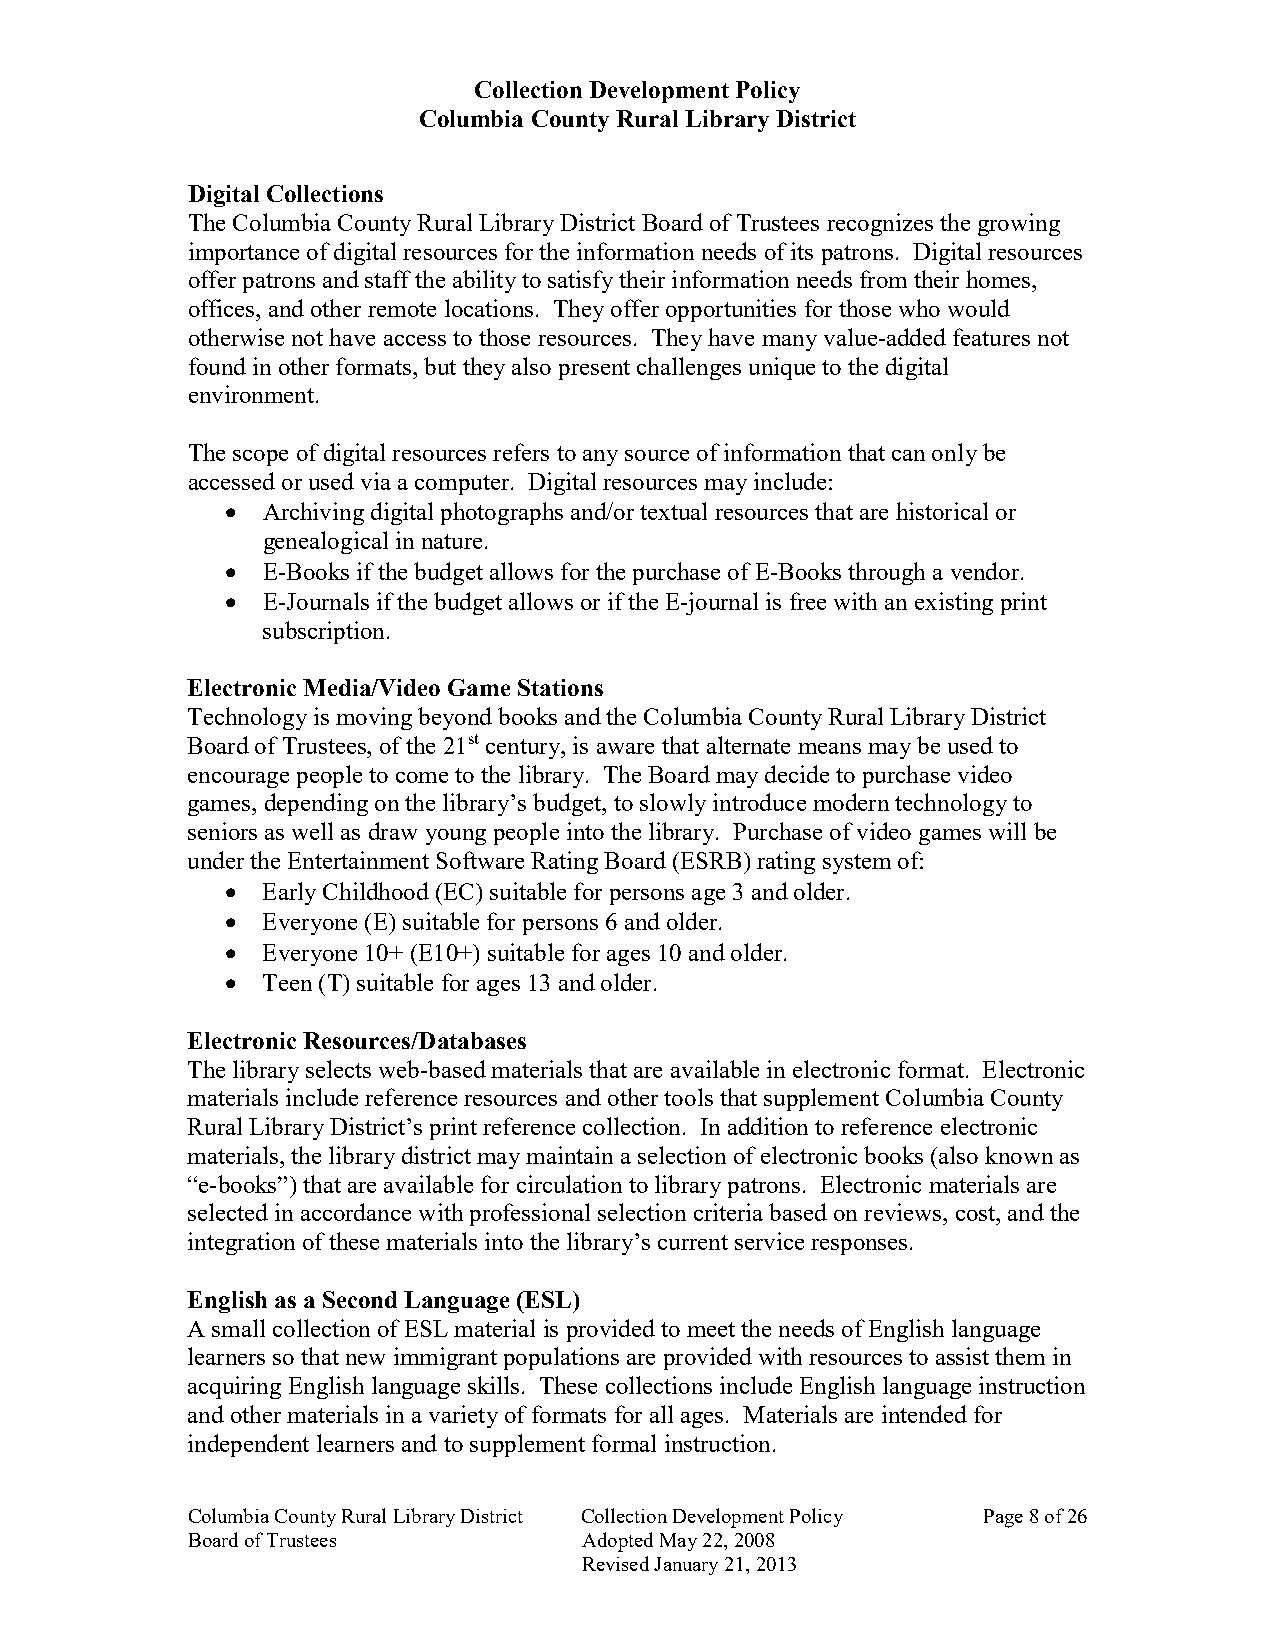
Collection Development Policy
 Columbia County Rural Library District
 Digital Collections
 The Columbia County Rural Library District Board of Trustees recognizes the growing
 importance of digital resources for the information needs of its patrons. Digital resources
 offer patrons and staff the ability to satisfy their information needs from their homes,
 offices, and other remote locations. They offer opportunities for those who would
 otherwise not have access to those resources. They have many value-added features not
 found in other formats, but they also present challenges unique to the digital
 environment.
 The scope of digital resources refers to any source of information that can only be
 accessed or used via a computer. Digital resources may include:
 • Archiving digital photographs and/or textual resources that are historical or
 genealogical in nature.
 • E-Books if the budget allows for the purchase of E-Books through a vendor.
 • E-Journals if the budget allows or if the E-journal is free with an existing print
 subscription.
 Electronic Media/Video Game Stations
 Technology is moving beyond books and the Columbia County Rural Library District
 Board of Trustees, of the 21st century, is aware that alternate means may be used to
 encourage people to come to the library. The Board may decide to purchase video
 games, depending on the library’s budget, to slowly introduce modern technology to
 seniors as well as draw young people into the library. Purchase of video games will be
 under the Entertainment Software Rating Board (ESRB) rating system of:
 • Early Childhood (EC) suitable for persons age 3 and older.
 • Everyone (E) suitable for persons 6 and older.
 • Everyone 10+ (E10+) suitable for ages 10 and older.
 • Teen (T) suitable for ages 13 and older.
 Electronic Resources/Databases
 The library selects web-based materials that are available in electronic format. Electronic
 materials include reference resources and other tools that supplement Columbia County
 Rural Library District’s print reference collection. In addition to reference electronic
 materials, the library district may maintain a selection of electronic books (also known as
 “e-books”) that are available for circulation to library patrons. Electronic materials are
 selected in accordance with professional selection criteria based on reviews, cost, and the
 integration of these materials into the library’s current service responses.
 English as a Second Language (ESL)
 A small collection of ESL material is provided to meet the needs of English language
 learners so that new immigrant populations are provided with resources to assist them in
 acquiring English language skills. These collections include English language instruction
 and other materials in a variety of formats for all ages. Materials are intended for
 independent learners and to supplement formal instruction.
 Columbia County Rural Library District Collection Development Policy Page 8 of 26
 Board of Trustees          Adopted May 22, 2008
 Revised January 21, 2013